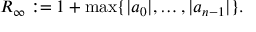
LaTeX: R _ { \infty } : = 1 + \operatorname* { m a x } \{ | a _ { 0 } | , \ldots , | a _ { n - 1 } | \} .